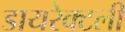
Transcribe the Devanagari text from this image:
डायरेक्टली